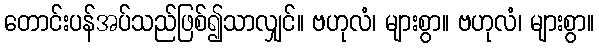
တောင်းပန်အပ်သည်ဖြစ်၍သာလျှင်။ ဗဟုလံ၊ များစွာ။ ဗဟုလံ၊ များစွာ။